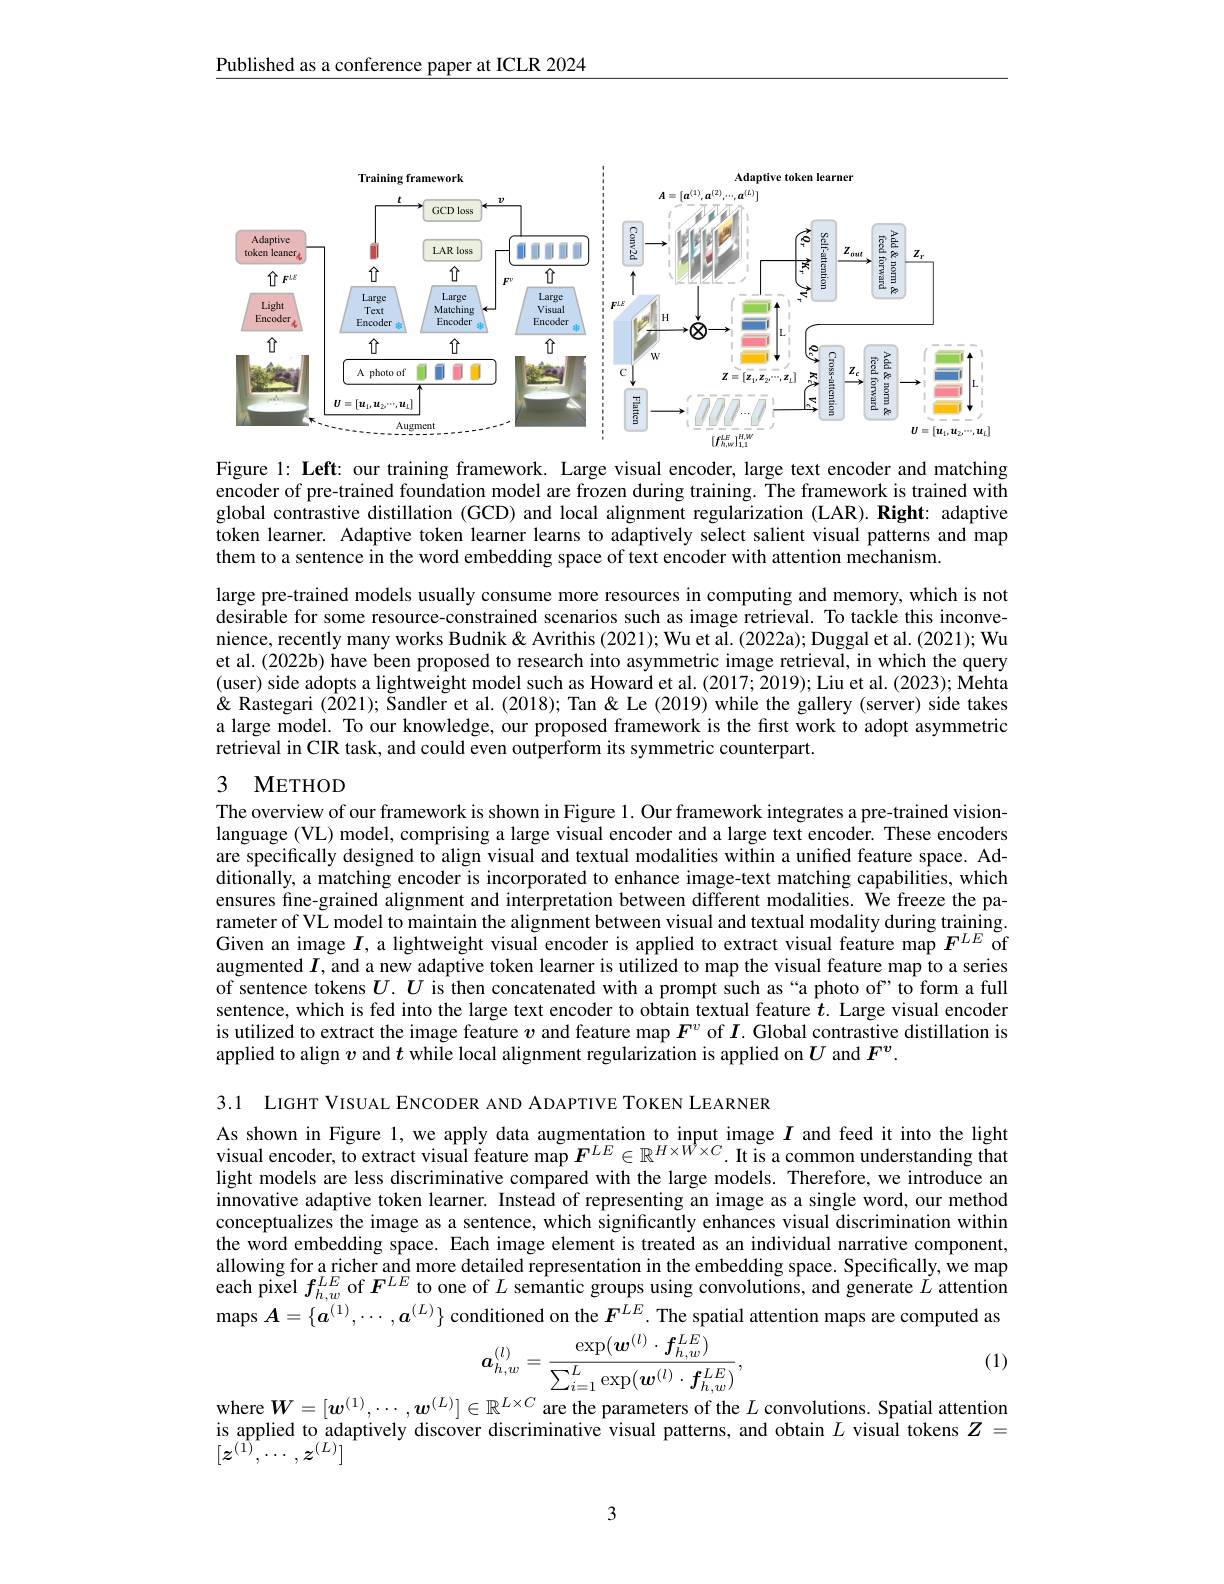
Published as a conference paper at ICLR 2024

<FigureHere>

Figure l: Left: our training framework. Large visual encoder, large text encoder and matching encoder of pre-trained foundation model are frozen during training. The framework is trained with global contrastive distillation (GCD) and local alignment regularization (LAR).Right: adaptive token learner. Adaptive token learner learns to adaptively select salient visual patterns and map them to a sentence in the word embedding space of text encoder with attention mechanism.

large pre-trained models usually consume more resources in computing and memory, which is not desirable for some resource-constrained scenarios such as image retrieval. To tackle this inconvenience, recently many works Budnik & Avrithis (2021); Wu et al. (2022a); Duggal et al. (2021); Wu et al. (2022b) have been proposed to research into asymmetric image retrieval, in which the query (user) side adopts a lightweight model such as Howard et al. (2017; 2019); Liu et al. (2023); Mehta & Rastegari (2021); Šandler et al. (2018); Tan & Le (2019) while the gallery (server) side takes a large model. To our knowledge, our proposed framework is the first work to adopt asymmetric retrieval in CIR task, and could even outperform its symmetric counterpart.

## 3 METHOD

The overview of our framework is shown in Figure 1. Our framework integrates a pre-trained visionlanguage (VL) model, comprising a large visual encoder and a large text encoder. These encoders are specifically designed to align visual and textual modalities within a unified feature space. Additionally, a matching encoder is incorporated to enhance image-text matching capabilities, which ensures fine-grained alignment and interpretation between different modalities. We freeze the parameter of VL model to maintain the alignment between visual and textual modality during training. Given an image $I$, a lightweight visual encoder is applied to extract visual feature map $F^{LE}$ of aurmantd $I$ and anw donstiva totan larmeri augmented $I$, and a new adaptive token learner is utilized to map the visual feature map to a series of sentence tokens $U.\dot{U}$ is then concatenated with a prompt such as“a photo of’to form a full sentence, which is fed into the large text encoder to obtain textual feature $t.$ Large visual encoder is utilized to extract the image feature $v$ and feature map $F^v$ of $I.$ Global contrastive distillation is applied to align $v$ and $t$ while local alignment regularization is applied on $U$ and $F^{v}.$

3.1 LIGHT VISUAL ENCODER AND ADAPTIVE TOKEN LEARNER

As shown in Figure 1, we apply data augmentation to input image $I$ and feed it into the light visual encoder, to extract visual feature map $\boldsymbol{F}^{LE}\in\mathbb{R}^{H\times W^{\dagger}\times C}.$ It is a common understanding that light models are less discriminative compared with the large models. Therefore, we introduce an innovative adaptive token learner. Instead of representing an image as a single word, our method conceptualizes the image as a sentence, which significantly enhances visual discrimination within the word embedding space. Each image element is treated as an individual narrative component, allowing for a richer and more detailed representation in the embedding space. Specifically, we map each pixel $f_{h,w}^{LE}$ of $F^{LE}$ to one of $L$ semantic groups using convolutions, and generate $L$ attention maps $\boldsymbol{A}=\{\boldsymbol{a}^{(1)},\cdots,\boldsymbol{a}^{(L)}\}$ conditioned on the $\boldsymbol{F}^{LE}.$ The spatial attention maps are computed as
$$\boldsymbol{a}_{h,w}^{(l)}=\frac{\exp(\boldsymbol{w}^{(l)}\cdot\boldsymbol{f}_{h,w}^{LE})}{\sum_{i=1}^{L}\exp(\boldsymbol{w}^{(l)}\cdot\boldsymbol{f}_{h,w}^{LE})},$$
(1)

where $W=[\boldsymbol{w}^{(1)},\cdots,\boldsymbol{w}^{(L)}]\in\mathbb{R}^{L\times C}$ are the parameters of the $L$ convolutions. Spatial attention is ansliad tadontionlu dis instion ting $a$ dottion $I$ sinal tolons. T

is applied to adaptively discover discriminative visual patterns, and obtain $L$ visual tokens $Z=$
$[z^{(\hat{1})},\cdots,z^{(L)}]$

3